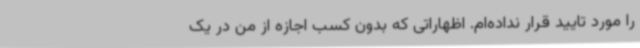
را مورد تایید قرار نداده‌ام. اظهاراتی که بدون کسب اجازه از من در یک